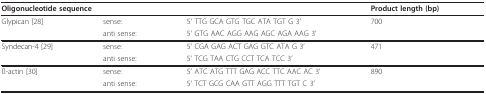
| <COLSPAN=3> Oligonucleotide sequence | Product length (bp) |
 | --- | --- | --- | --- |
 | Glypican [28] | sense: | 5' TTG GCA GTG TGC ATA TGT G 3' | 700 |
 |  | anti sense: | 5' GTG AAC AGG AAG AGC AGA AAG 3' |  |
 | Syndecan-4 [29] | sense: | 5' CGA GAG ACT GAG GTC ATA G 3' | 471 |
 |  | anti sense: | 5' TCG TAA CTG CCT TCA TCC 3' |  |
 | ß-actin [30] | sense: | 5' ATC ATG TTT GAG ACC TTC AAC AC 3' | 890 |
 |  | anti sense: | 5' TCT GCG CAA GTT AGG TTT TGT C 3' |  |